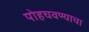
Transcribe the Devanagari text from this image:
पोहचवण्याचा